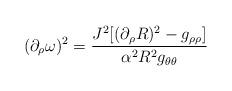
LaTeX: \begin{align*}(\partial_\rho\omega)^2 = \frac{J^2[(\partial_\rho R)^2 -g_{\rho\rho}]}{\alpha^2R^2g_{\theta\theta}}\end{align*}